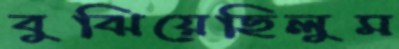
বুঝিয়েছিলুম